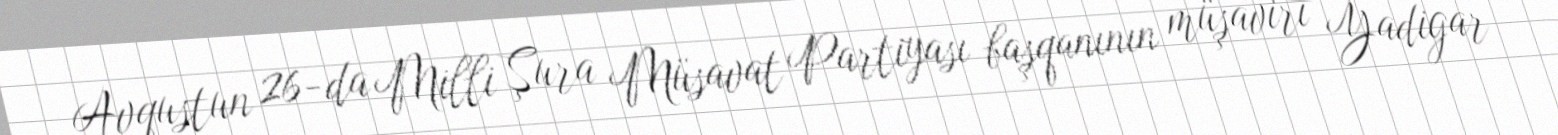
Avqustun 26-da Milli Şura Müsavat Partiyası başqanının müşaviri Yadigar